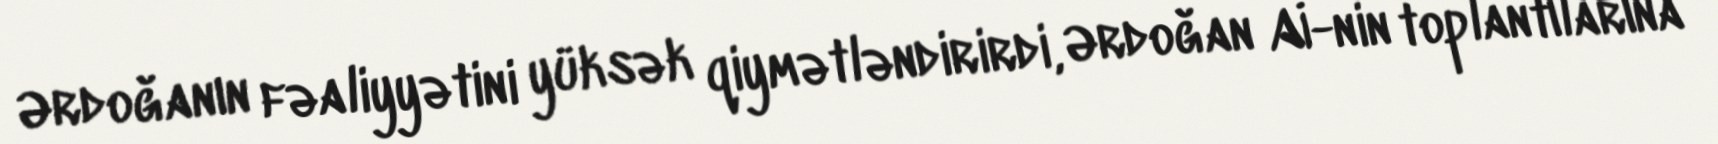
Ərdoğanın fəaliyyətini yüksək qiymətləndirirdi, Ərdoğan Aİ-nin toplantılarına